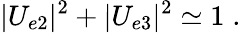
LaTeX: |U_{e2}|^{2}+|U_{e3}|^{2}\simeq 1\; .